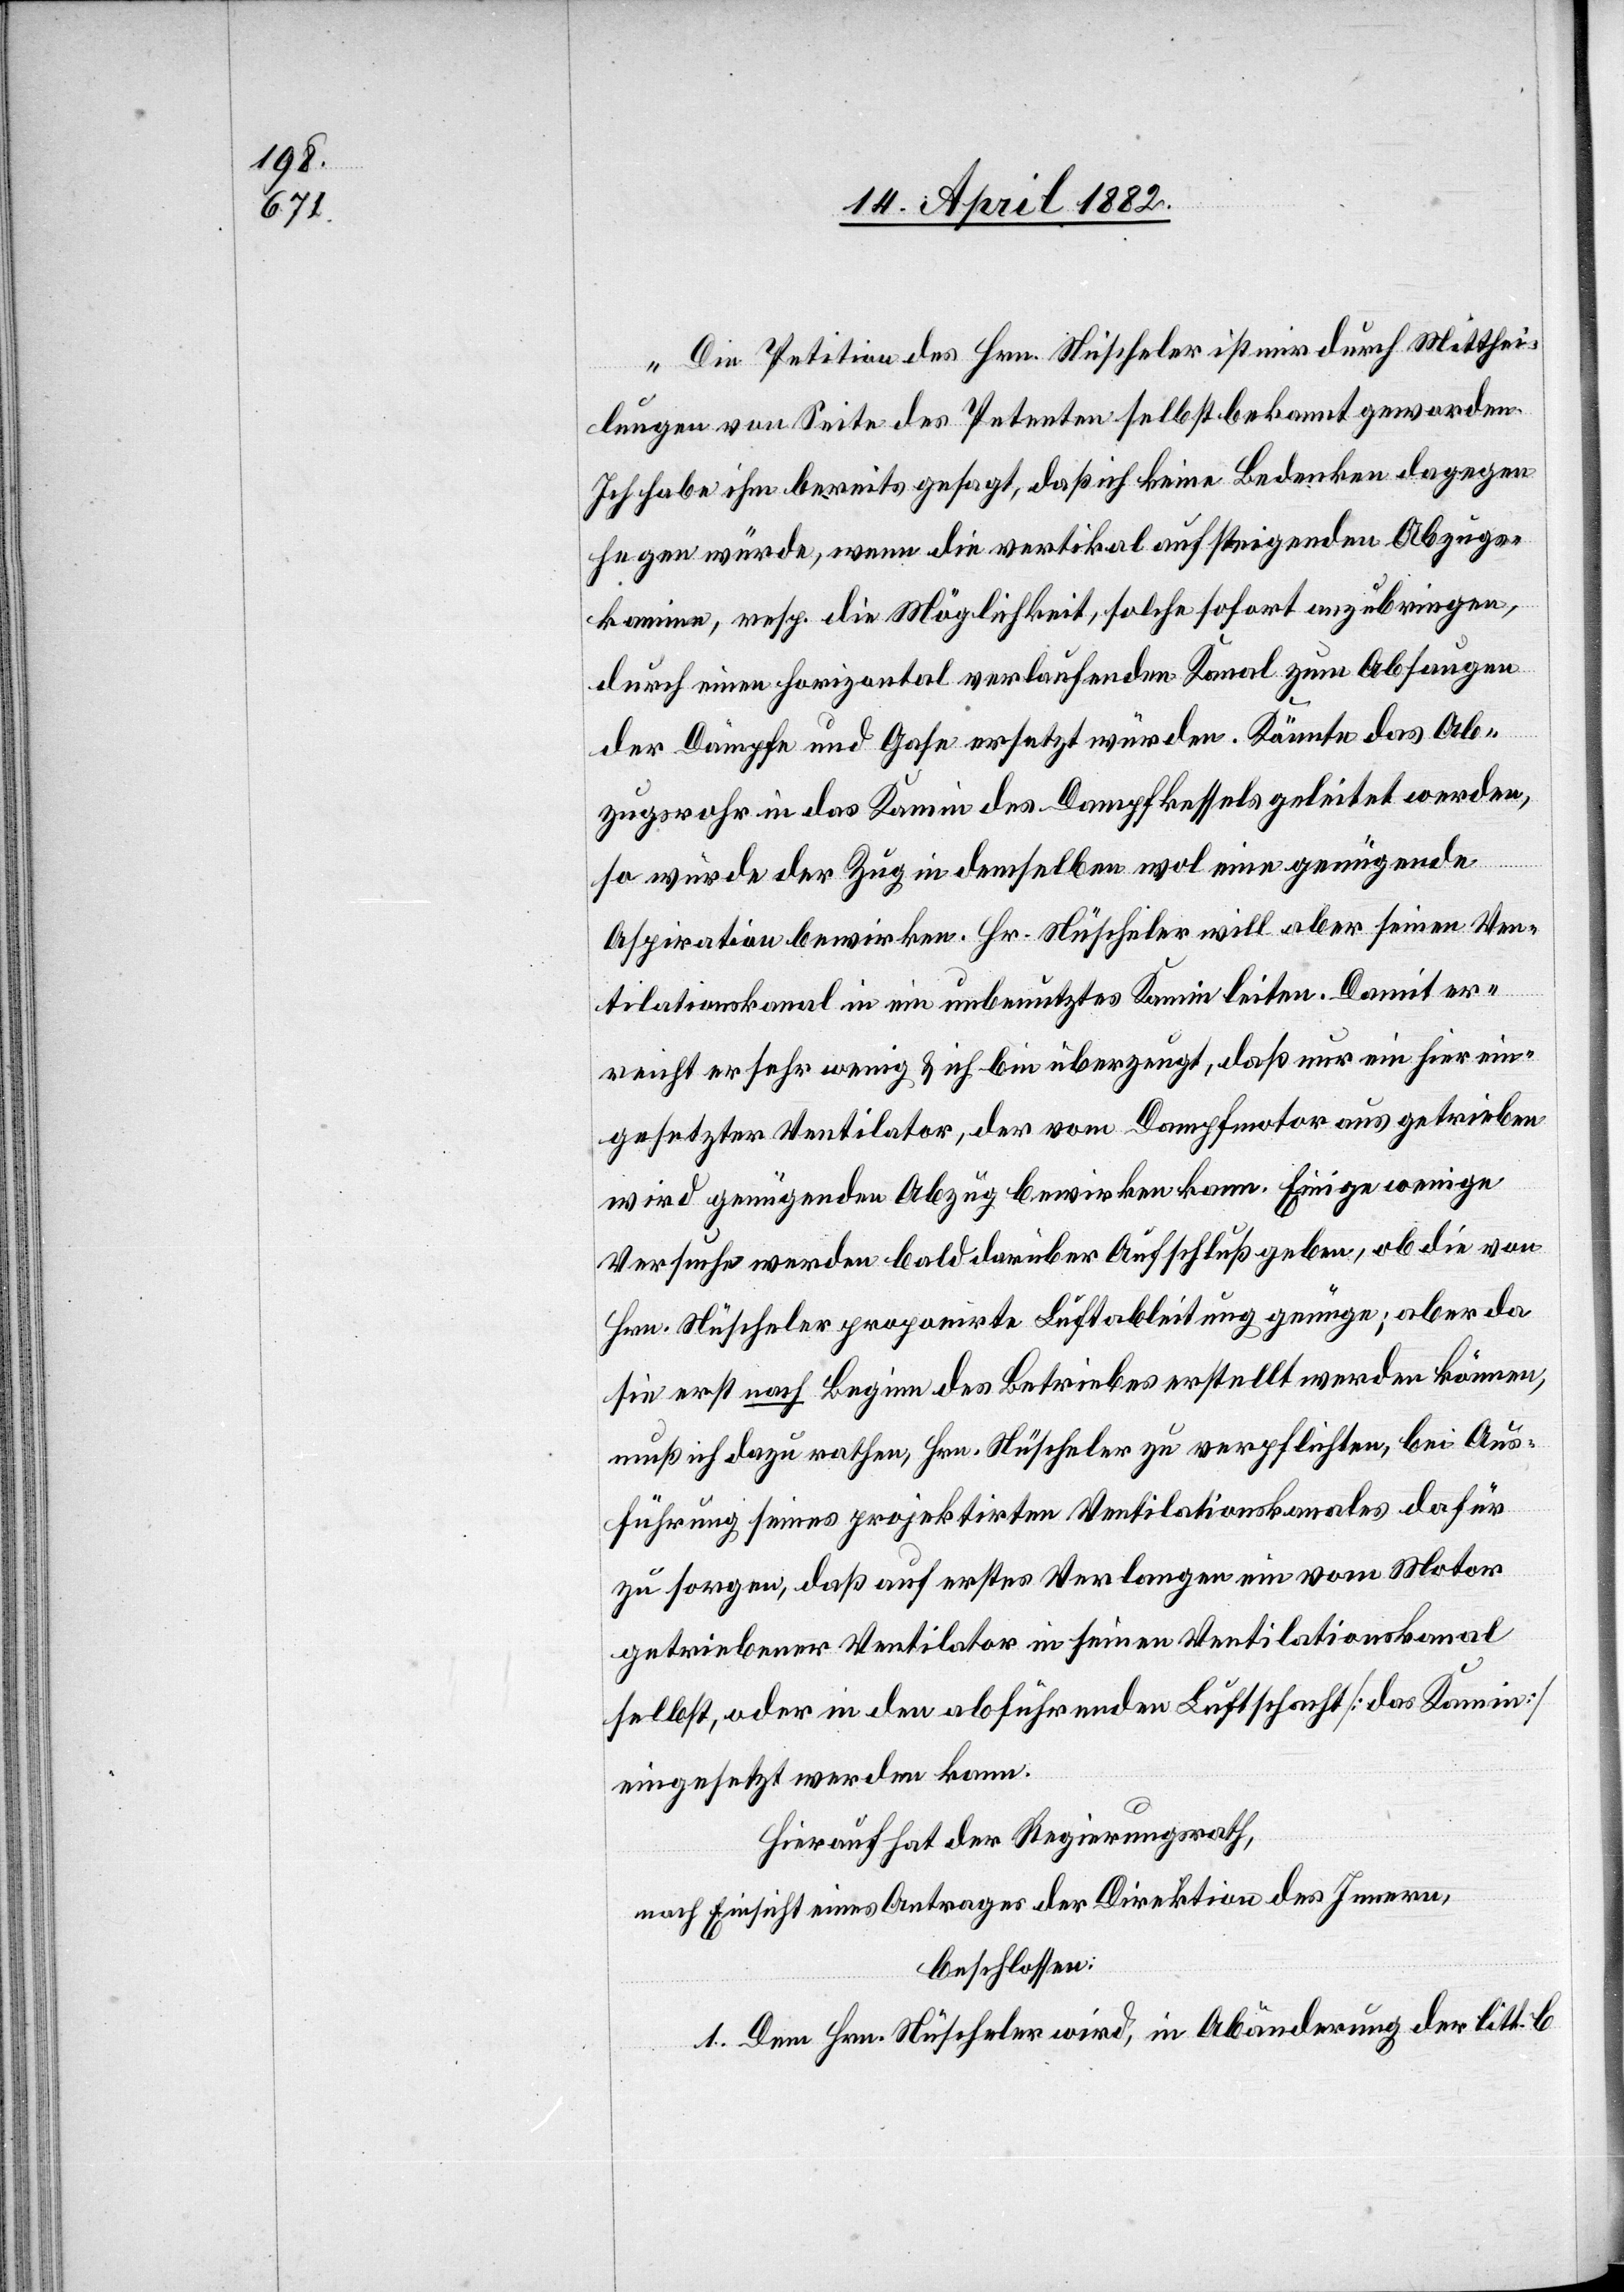
„Die Petition des Hrn. Nüscheler ist nur durch Mitthei¬
lungen von Seite des Petenten selbst bekannt geworden.
Ich habe ihm bereits gesagt, daß ich keine Bedenken dagegen
hegen würde, wenn die vertikal aufsteigenden Abzugs¬
kamine, resp. die Möglichkeit, solche sofort anzubringen,
durch einen horizontal verlaufenden Kanal zum Absaugen
der Dämpfe und Gase ersetzt würden. Könnte das Ab¬
zugsrohr in das Kamin des Dampfkessels geleitet werden,
so würde der Zug in demselben wol eine genügende
Aspiration bewirken. Hr. Nüscheler will aber seinen Ven¬
tilationskanal in ein unbenutztes Kamin leiten. Damit er¬
reicht er sehr wenig & ich bin überzeugt, daß nur ein hier ein¬
gesetzter Ventilator, der vom Dampfmotor aus getrieben
wird genügenden Abzug bewirken kann. Einige wenige
Versuche werden bald darüber Aufschluß geben, ob die von
Hrn. Nüscheler proponirte Luftableitung genüge; aber da
sie erst nach Beginn des Betriebes erstellt werden können,
muß ich dazu rathen, Hrn. Nüscheler zu verpflichten, bei Aus¬
führung seines projektirten Ventilationskanales dafür
zu sorgen, daß auf erstes Verlangen ein vom Motor
getriebener Ventilator in seinen Ventilationskanal
selbst, oder in den abführenden Luftschacht [das Kamin]
eingesetzt werden kann.“
Hierauf hat der Regierungsrath,
nach Einsicht eines Antrages der Direktion des Innern,
beschlossen:
1. Dem Hrn. Nüscheler wird, in Abänderung der litt. b